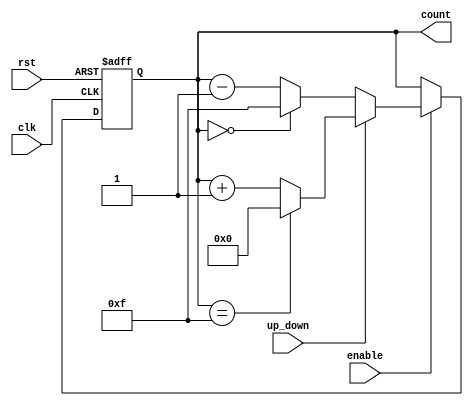
module UpDownCounter (
    input wire clk,            // Clock signal
    input wire rst,            // Asynchronous reset signal
    input wire up_down,        // Up/Down control signal
    input wire enable,         // Enable signal
    output reg [3:0] count     // 4-bit count output (adjust width as needed)
);

    // Parameter for maximum count value
    parameter MAX_COUNT = 4'b1111; // 15 in decimal for 4-bit counter

    always @(posedge clk or posedge rst) begin
        if (rst) begin
            count <= 4'b0000; // Reset count to 0
        end else if (enable) begin
            if (up_down) begin
                // Count Up
                if (count == MAX_COUNT) begin
                    count <= 4'b0000; // Wrap around to 0 on overflow
                end else begin
                    count <= count + 1; // Increment count
                end
            end else begin
                // Count Down
                if (count == 4'b0000) begin
                    count <= MAX_COUNT; // Wrap around to MAX_COUNT on underflow
                end else begin
                    count <= count - 1; // Decrement count
                end
            end
        end
        // If enable is low, hold the current count value
    end

endmodule